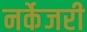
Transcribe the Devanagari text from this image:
नर्केजरी